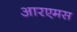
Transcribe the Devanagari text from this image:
आरएमस